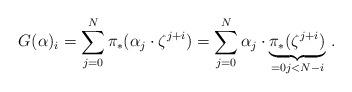
LaTeX: \begin{align*} G(\alpha)_i = \sum_{j=0}^N \pi_*(\alpha_j \cdot \zeta^{j+i}) = \sum_{j=0}^N \alpha_j \cdot \underbrace{\pi_*(\zeta^{j+i})}_{=0j<N-i}\,. \end{align*}